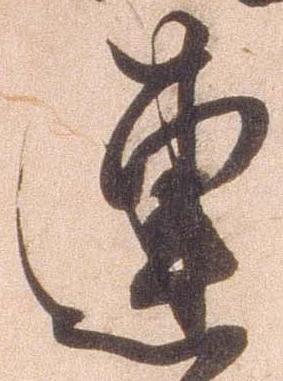
連